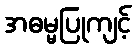
အဓမ္မပြုကျင့်